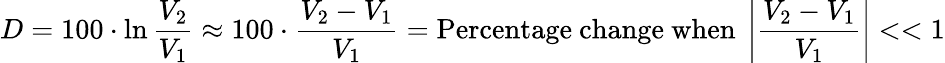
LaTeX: D=100\cdot\ln{\frac{V_{2}}{V_{1}}}\approx 100\cdot{\frac{V_{2}-V_{1}}{V_{1}}}={\mathrm{Percentage~change}}{\mathrm{~when~}}\left|{\frac{V_{2}-V_{1}}{V_{1}}}\right|<<1